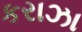
કરાઝા